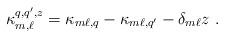
LaTeX: \begin{align*} \kappa_{m, \ell}^{q,q',z} = \kappa_{m\ell, q}-\kappa_{m\ell, q'} -\delta_{m\ell}z \ .\end{align*}